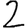
Digit: 2